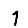
Digit: 1